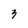
Character: 3